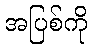
အပြစ်ကို